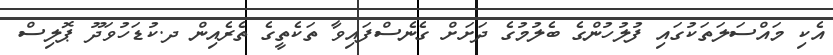
އެކި މައްސަލަތަކުގައި ފުލުހުންގެ ބެލުމުގެ ދަށަށް ގެނެސްފައިވާ ތަކެތީގެ ތެރެއިން ދ.ކުޑަހުވަދޫ ޕޮލިސް